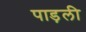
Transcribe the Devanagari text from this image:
पाड़ली